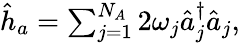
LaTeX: \begin{array}{r}{\hat{h}_{a}=\sum_{j=1}^{N_{A}}2\omega_{j}\hat{a}_{j}^{\dagger}\hat{a}_{j},}\end{array}